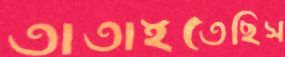
তাতাইতেছিস